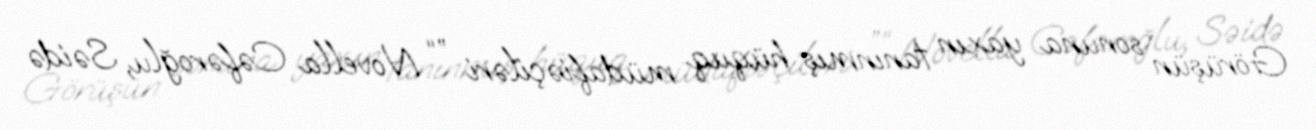
Görüşün sonuna yaxın tanınmış hüquq müdafiəçiləri ”“ Novella Cəfəroğlu, Səidə